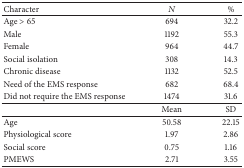
| Character | N | % |
 | --- | --- | --- |
 | Age > 65 | 694 | 32.2 |
 | Male | 1192 | 55.3 |
 | Female | 964 | 44.7 |
 | Social isolation | 308 | 14.3 |
 | Chronic disease | 1132 | 52.5 |
 | Need of the EMS response | 682 | 68.4 |
 | Did not require the EMS response | 1474 | 31.6 |
 |  | Mean | SD |
 | Age | 50.58 | 22.15 |
 | Physiological score | 1.97 | 2.86 |
 | Social score | 0.75 | 1.16 |
 | PMEWS | 2.71 | 3.55 |